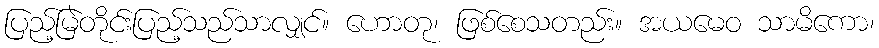
ပြည့်မြဲတိုင်းပြည့်သည်သာလျှင်။ ဟောတု၊ ဖြစ်စေသတည်း။ အယမေဝ သာမိကော၊